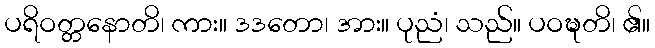
ပရိဝတ္တနောတိ၊ ကား။ ဒဒတော၊ အား။ ပုညံ၊ သည်။ ပဝဍ္ဎတိ၊ ၏။